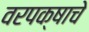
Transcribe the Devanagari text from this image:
वरपक्षाचे